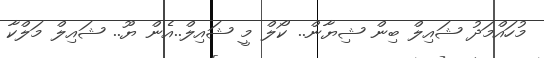
މުހައްމަދު ޝައިލް ބިން ޝިޔާން.. ކޯލް މީ ޝައިލް..އެން ޔޫ.. ޝައިލް މަލްކާ